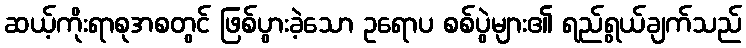
ဆယ့်ကိုးရာစုအစတွင် ဖြစ်ပွားခဲ့သော ဥရောပ စစ်ပွဲများ၏ ရည်ရွယ်ချက်သည်